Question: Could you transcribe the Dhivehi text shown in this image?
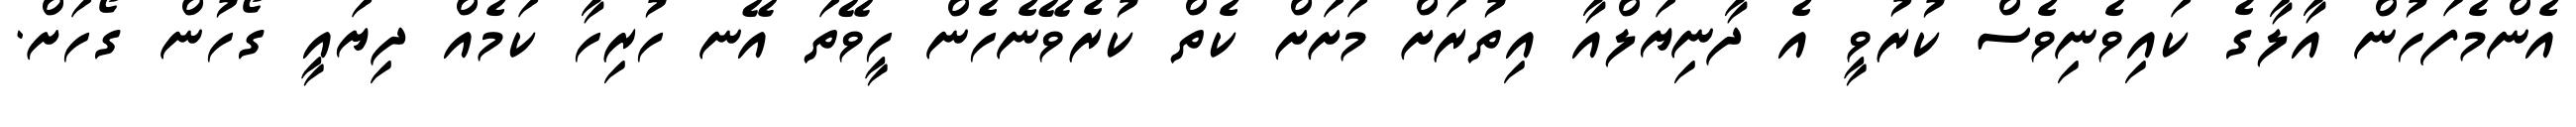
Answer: އެންމެފަހުން އާލާގެ ކައިވެނިވެސް ކުރުވީ އެ ދާނިޔަލްއާ އިތުރަށް މަށަށް ކެތް ކުރެވޭނެހެން ހީވޭތަ އޭނ ހުރިހާ ކަމެއް ދިޔައީ ގޯހުން ގޯހަށް.